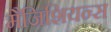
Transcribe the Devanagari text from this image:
मैजिशियन्स